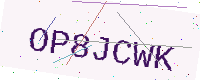
Text: OP8JCWK